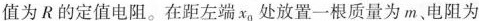
值为R的定值电阻。在距左端x0处放置一根质量为m、电阻为